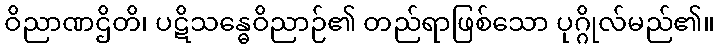
ဝိညာဏဌိတိ၊ ပဋိသန္ဓေဝိညာဉ်၏ တည်ရာဖြစ်သော ပုဂ္ဂိုလ်မည်၏။